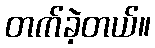
တက်ခဲ့တယ်။